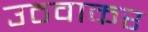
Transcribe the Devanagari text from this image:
उठवाकर